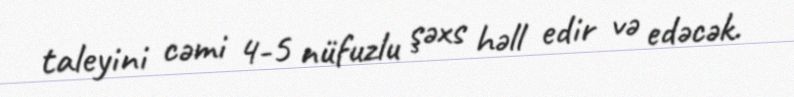
taleyini cəmi 4-5 nüfuzlu şəxs həll edir və edəcək.